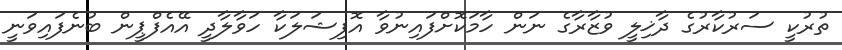
ތުރުކީ ސަރުކާރުގެ ދާޚިލީ ވުޒާރާގެ ނަން ހާމަކޮށްފައިނުވާ އޮފިޝަލަކާ ހަވާލާދީ އޭއެފްޕީން ބުނެފައިވަނީ